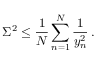
\Sigma ^ { 2 } \le \frac { 1 } { N } \sum _ { n = 1 } ^ { N } \frac { 1 } { y _ { n } ^ { 2 } } \: .